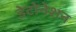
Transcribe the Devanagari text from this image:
डेटोनेशन